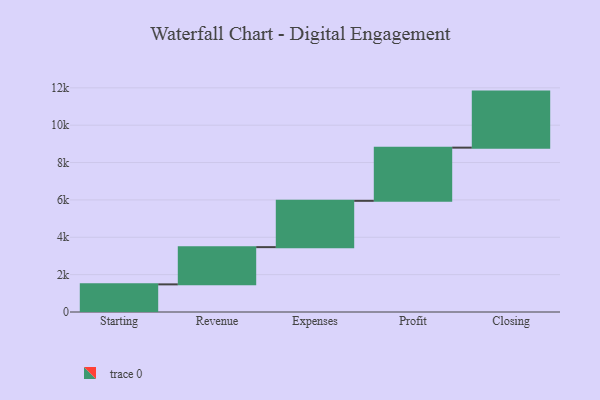
{"axis": {"x": "Step", "y": "Value"}, "legend": [""], "data": [{"x": "Starting", "y": 1479.0, "type": ""}, {"x": "Revenue", "y": 1993.0, "type": ""}, {"x": "Expenses", "y": 2479.0, "type": ""}, {"x": "Profit", "y": 2847.0, "type": ""}, {"x": "Closing", "y": 3000, "type": ""}]}